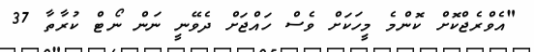
"އެވްރެޖްކޮށް ކޮންމެ މީހަކަށް ވެސް ހައްޖަށް ދެވޭނީ ނަން ނޯޓް ކުރާތާ 37